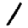
Digit: 1